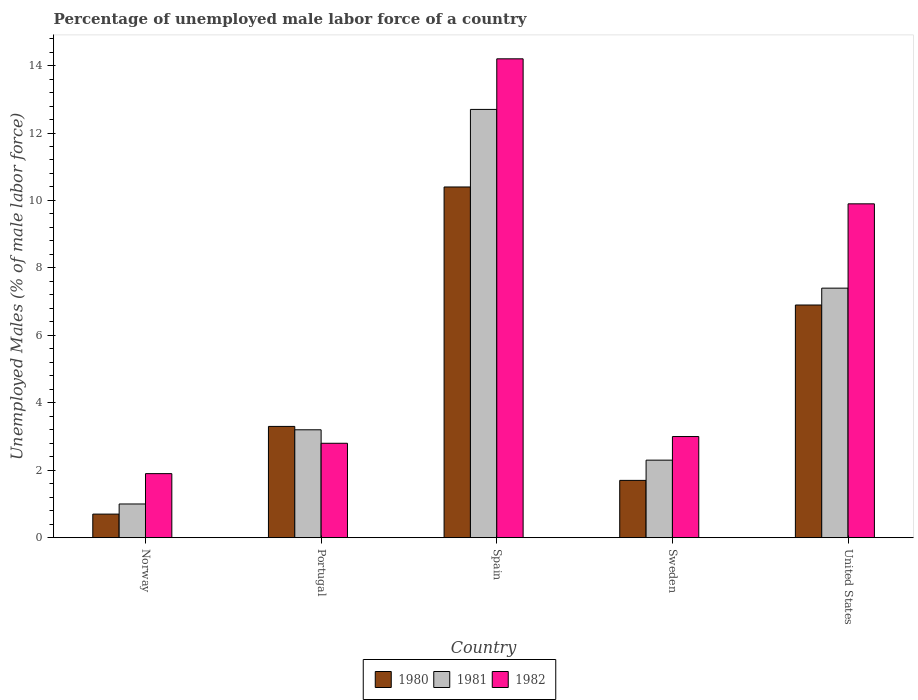
| Country | 1980 | 1981 | 1982 |
 | --- | --- | --- | --- |
 | Norway | 0.7 | 1 | 1.9 |
 | Portugal | 3.3 | 3.2 | 2.8 |
 | Spain | 10.4 | 12.7 | 14.2 |
 | Sweden | 1.7 | 2.3 | 3 |
 | United States | 6.9 | 7.4 | 9.9 |